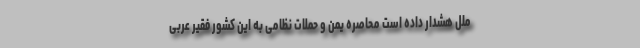
ملل هشدار داده است محاصره یمن و حملات نظامی به این کشور فقیر عربی